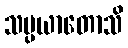
သမ္ပယာတောသိ